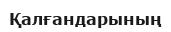
Қалғандарының